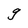
Character: g